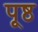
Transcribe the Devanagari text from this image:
पूष्ठ